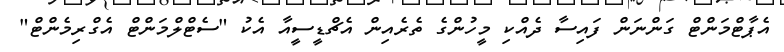
އެޕާޓްމަންޓް ގަންނަން ފައިސާ ދެއްކި މީހުންގެ ތެރެއިން އެޗްޑީސީއާ އެކު "ސެޓްލްމަންޓް އެގްރިމެންޓް"